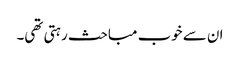
ان سے خوب مباحث رہتی تھی۔